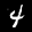
Label: 4